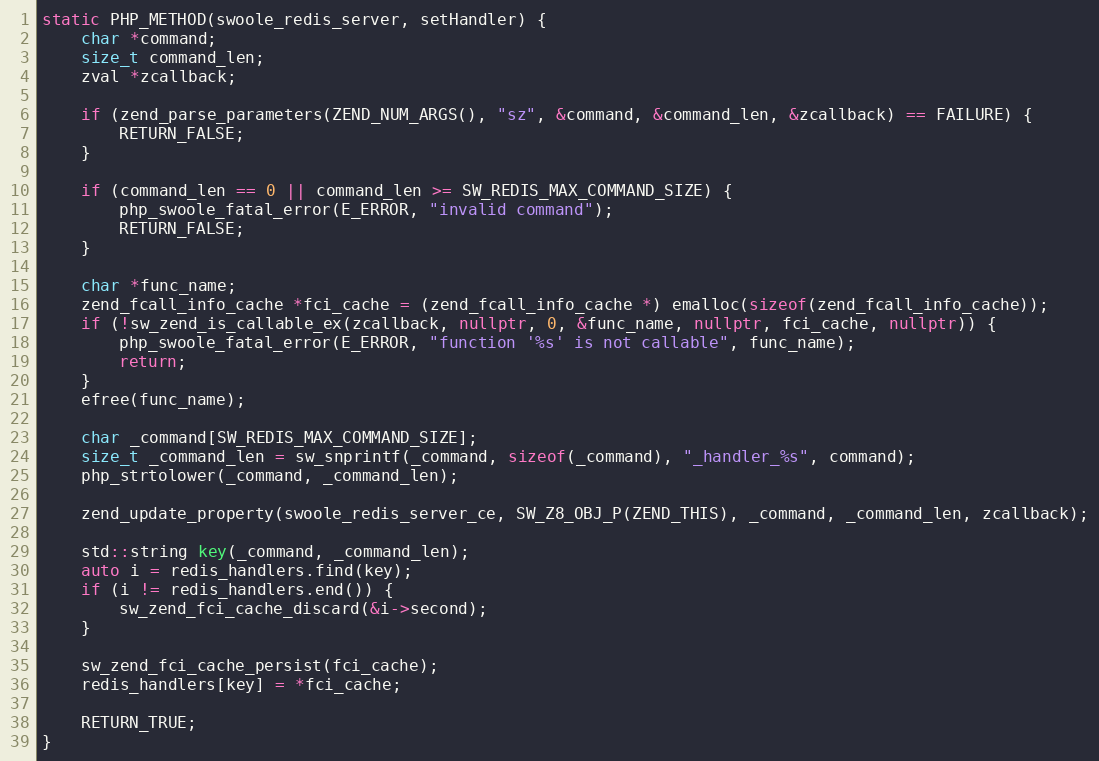
Language: C++
static PHP_METHOD(swoole_redis_server, setHandler) {
    char *command;
    size_t command_len;
    zval *zcallback;

    if (zend_parse_parameters(ZEND_NUM_ARGS(), "sz", &command, &command_len, &zcallback) == FAILURE) {
        RETURN_FALSE;
    }

    if (command_len == 0 || command_len >= SW_REDIS_MAX_COMMAND_SIZE) {
        php_swoole_fatal_error(E_ERROR, "invalid command");
        RETURN_FALSE;
    }

    char *func_name;
    zend_fcall_info_cache *fci_cache = (zend_fcall_info_cache *) emalloc(sizeof(zend_fcall_info_cache));
    if (!sw_zend_is_callable_ex(zcallback, nullptr, 0, &func_name, nullptr, fci_cache, nullptr)) {
        php_swoole_fatal_error(E_ERROR, "function '%s' is not callable", func_name);
        return;
    }
    efree(func_name);

    char _command[SW_REDIS_MAX_COMMAND_SIZE];
    size_t _command_len = sw_snprintf(_command, sizeof(_command), "_handler_%s", command);
    php_strtolower(_command, _command_len);

    zend_update_property(swoole_redis_server_ce, SW_Z8_OBJ_P(ZEND_THIS), _command, _command_len, zcallback);

    std::string key(_command, _command_len);
    auto i = redis_handlers.find(key);
    if (i != redis_handlers.end()) {
        sw_zend_fci_cache_discard(&i->second);
    }

    sw_zend_fci_cache_persist(fci_cache);
    redis_handlers[key] = *fci_cache;

    RETURN_TRUE;
}